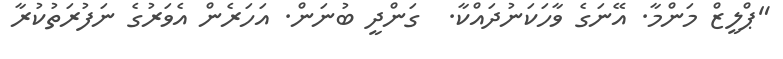
"ޕްލީޒް މަންމާ. އޭނަގެ ވާހަކަނުދައްކާ.  ގަންދީ ބުނަން. އަހަރެން އެވަރުގެ ނަފުރަތުކުރާ